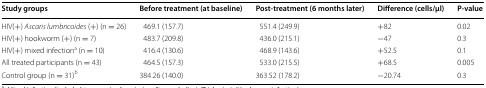
<table><thead><tr><td><b>Study groups</b></td><td><b>Before treatment (at baseline)</b></td><td><b>Post-treatment (6 months later)</b></td><td><b>Difference (cells/μl)</b></td><td><b>P-value</b></td></tr></thead><tbody><tr><td>HIV(+) <i>Ascaris lumbricoides</i> (+) (n = 26)</td><td>469.1 (157.7)</td><td>551.4 (249.9)</td><td>+82</td><td>0.02</td></tr><tr><td>HIV(+) hookworm (+) (n = 7)</td><td>483.7 (209.8)</td><td>436.0 (215.1)</td><td>−47</td><td>0.3</td></tr><tr><td>HIV(+) mixed infection<sup>a</sup> (n = 10)</td><td>416.4 (130.6)</td><td>468.9 (143.6)</td><td>+52.5</td><td>0.1</td></tr><tr><td>All treated participants (n = 43)</td><td>464.5 (157.3)</td><td>533.0 (215.5)</td><td>+68.5</td><td>0.005</td></tr><tr><td>Control group (n = 31)<sup>b</sup></td><td>384.26 (140.0)</td><td>363.52 (178.2)</td><td>−20.74</td><td>0.3</td></tr></tbody></table>